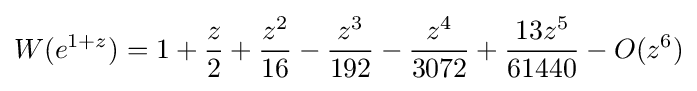
W(e^{1+z})=1+{\frac {z}{2}}+{\frac {z^{2}}{16}}-{\frac {z^{3}}{192}}-{\frac {z^{4}}{3072}}+{\frac {13z^{5}}{61440}}-O(z^{6})